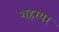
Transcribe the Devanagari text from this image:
शहरयर